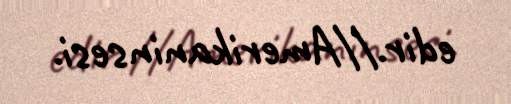
edir.//Amerikaninsesi.